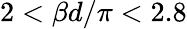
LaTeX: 2<\beta d/\pi<2.8